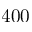
4 0 0